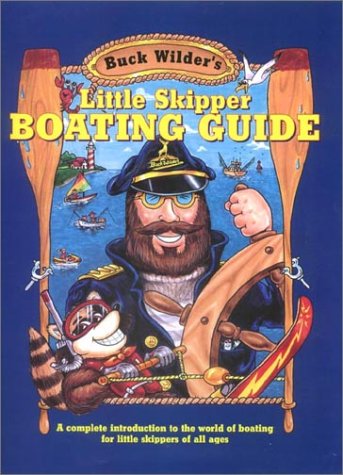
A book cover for Buck Wilder's Little Skipper Boating Guide: A Complete Introduction to the World of Boating for Little Skippers of All Ages; Timothy R. Smith; Children's Books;